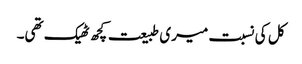
کل کی نسبت میری طبیعت کچھ ٹھیک تھی۔